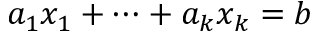
a _ { 1 } x _ { 1 } + \cdots + a _ { k } x _ { k } = b